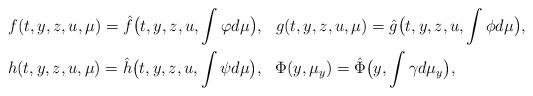
LaTeX: \begin{align*}&f(t,y,z,u,\mu)=\hat f\big(t,y,z,u,\int\varphi d\mu\big),\,\,\,\,g(t,y,z,u,\mu)=\hat g\big(t,y,z,u,\int \phi d\mu\big),\\&h(t,y,z,u,\mu)=\hat h\big(t,y,z,u,\int\psi d\mu \big),\,\,\,\,\Phi(y,\mu_y)=\hat\Phi\big(y,\int \gamma d\mu_y\big),\end{align*}